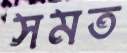
সমত